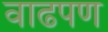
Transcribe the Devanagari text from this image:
वाढपण